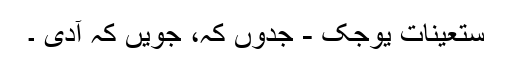
ستعینات یوجک - جدوں کہ، جویں کہ آدی ۔